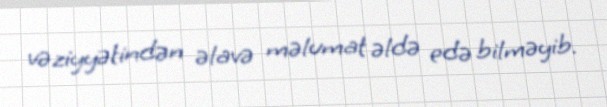
vəziyyətindən əlavə məlumat əldə edə bilməyib.